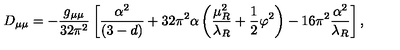
D _ { \mu \mu } = - \frac { g _ { \mu \mu } } { 3 2 \pi ^ { 2 } } \left[ \frac { \alpha ^ { 2 } } { ( 3 - d ) } + 3 2 \pi ^ { 2 } \alpha \left( \frac { \mu _ { R } ^ { 2 } } { \lambda _ { R } } + \frac { 1 } { 2 } \varphi ^ { 2 } \right) - 1 6 \pi ^ { 2 } \frac { \alpha ^ { 2 } } { \lambda _ { R } } \right] ,